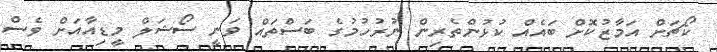
ކޯޗަށް އަމާޒުކޮށް ބައެއް ކުޅުންތެރިން ނުރުހުމުގެ ބަސްތައް ވަނީ ސޯޝަލް މީޑިއާއަށް ވެސް